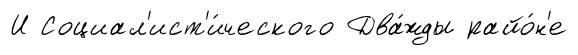
И Социал'ист'и́ческого Два́жды райо́н'е